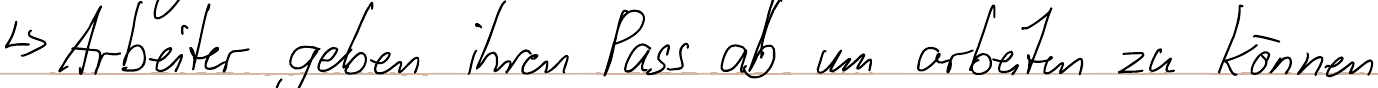
-> Arbeiter geben ihren Pass ab um arbeiten zu können